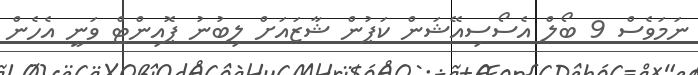
ނަމަވެސް 9 ބޯލް އެސޯސިއޭޝަން ކަޕުން ޝާޒައަށް ލިބުނު ޕޮއިންޓް ވަނީ އެހެން